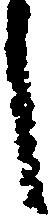
し